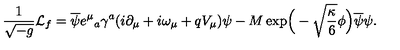
\frac { 1 } { \sqrt { - g } } { \cal L } _ { f } = \overline { { \psi } } e ^ { \mu } { } _ { a } \gamma ^ { a } ( i \partial _ { \mu } + i \omega _ { \mu } + q V _ { \mu } ) \psi - M \exp \! \Big ( - \sqrt { \frac { \kappa } { 6 } } \phi \Big ) \overline { { \psi } } \psi .